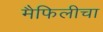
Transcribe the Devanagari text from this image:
मैफिलीचा